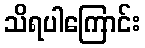
သိရပါကြောင်း